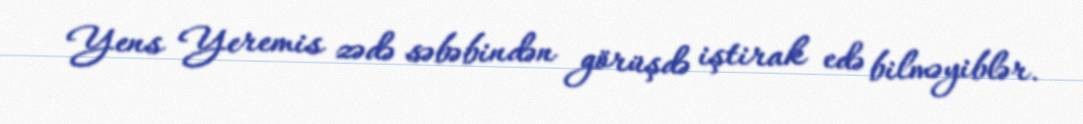
Yens Yeremis zədə səbəbindən görüşdə iştirak edə bilməyiblər.